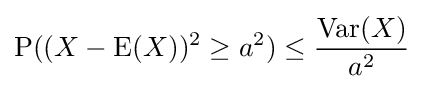
\operatorname {P} ((X-\operatorname {E} (X))^{2}\geq a^{2})\leq {\frac {\operatorname {Var} (X)}{a^{2}}}